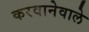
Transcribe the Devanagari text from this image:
करवानेवाले